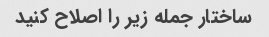
ساختار جمله زیر را اصلاح کنید